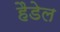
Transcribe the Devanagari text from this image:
हैडेल